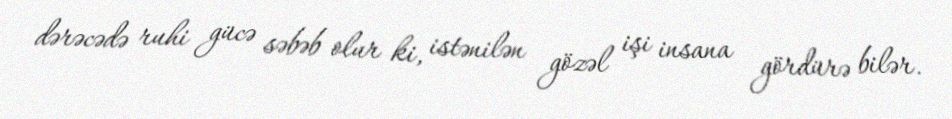
dərəcədə ruhi gücə səbəb olur ki, istənilən gözəl işi insana gördürə bilər.